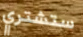
ستشتري